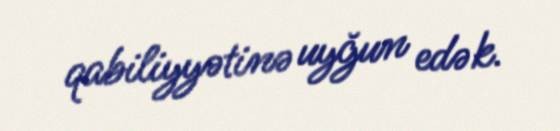
qabiliyyətinə uyğun edək.